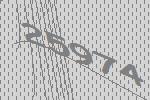
25974